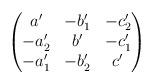
LaTeX: \begin{align*}\begin{pmatrix}a' & -b'_1 & -c'_2 \\-a'_2 & b' & -c'_1 \\-a'_1 & -b'_2 & c'\end{pmatrix}\end{align*}